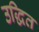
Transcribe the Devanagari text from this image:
उद्धित